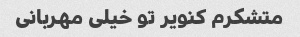
متشکرم کنویر تو خیلی مهربانی